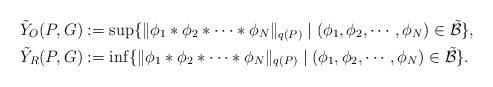
LaTeX: \begin{align*} \tilde{Y}_O (P, G) & := \sup \{ \| \phi_1 * \phi_2 * \cdots * \phi_N \|_{q (P)} \mid ( \phi_1 , \phi_2 , \cdots , \phi_N ) \in \tilde{\mathcal{B}} \}, \\ \tilde{Y}_R (P, G) & := \inf \{ \| \phi_1 * \phi_2 * \cdots * \phi_N \|_{q (P)} \mid ( \phi_1 , \phi_2 , \cdots , \phi_N ) \in \tilde{\mathcal{B}} \}. \end{align*}